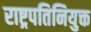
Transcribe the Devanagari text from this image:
राष्ट्रपतिनियुक्त